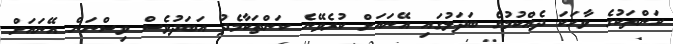
ކަންތަކުގެ ވާހަކަ ދެއްކުމުގެ ބަދަލުގައި އޭނައަށް ކުރެވޭނެ ކަންތަކާމެދު އަބަދުވެސް ވިސްނަން އޭނައަށް